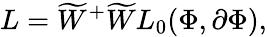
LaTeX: L={\widetilde{W}}^{+}\widetilde{W}L_{0}(\Phi,\partial\Phi),